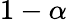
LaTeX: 1-\alpha